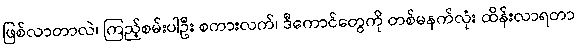
ဖြစ်လာတာလဲ၊ ကြည့်စမ်းပါဦး စကားလက်၊ ဒီကောင်တွေကို တစ်မနက်လုံး ထိန်းလာရတာ